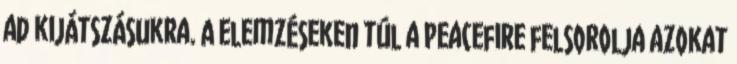
ad kijátszásukra. A elemzéseken túl a Peacefire felsorolja azokat